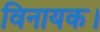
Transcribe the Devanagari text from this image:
विनायक।